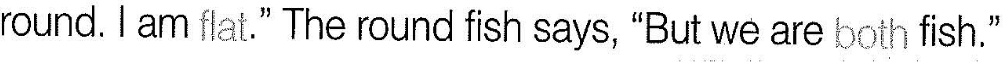
round.lam flat." The round fish says, "But we are both fish."